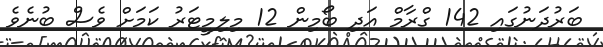
ބަރުދަނުގައި 142 ގްރާމް އަދި ބޯމިން 12 މިލިމީޓަރު ކަމަށް ވެސް ބުނެވެ